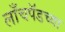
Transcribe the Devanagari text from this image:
लाँचपॅडच्या